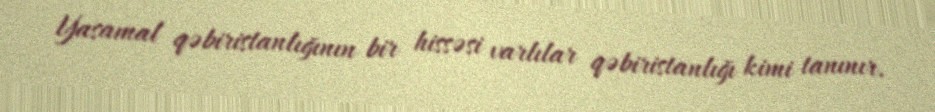
Yasamal qəbiristanlığının bir hissəsi varlılar qəbiristanlığı kimi tanınır.